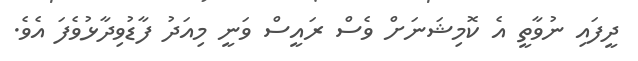
ދީފައި ނުވާތީ އެ ކޮމިޝަނަށް ވެސް ރައީސް ވަނީ މިއަދު ފާޑުވިދާޅުވެފަ އެވެ.